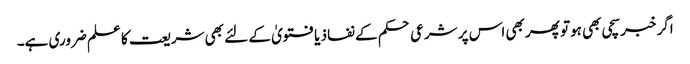
اگر خبر سچی بھی ہوتو پھر بھی اس پر شرعی حکم کے نفاذ یا فتویٰ کے لئے بھی شریعت کا علم ضروری ہے۔